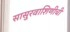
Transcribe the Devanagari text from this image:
सासुरवाशिणीची